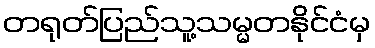
တရုတ်ပြည်သူ့သမ္မတနိုင်ငံမှ